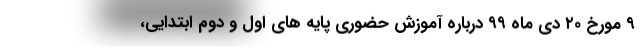
۹ مورخ ۲۰ دی ماه ۹۹ درباره آموزش حضوری پایه های اول و دوم ابتدایی،